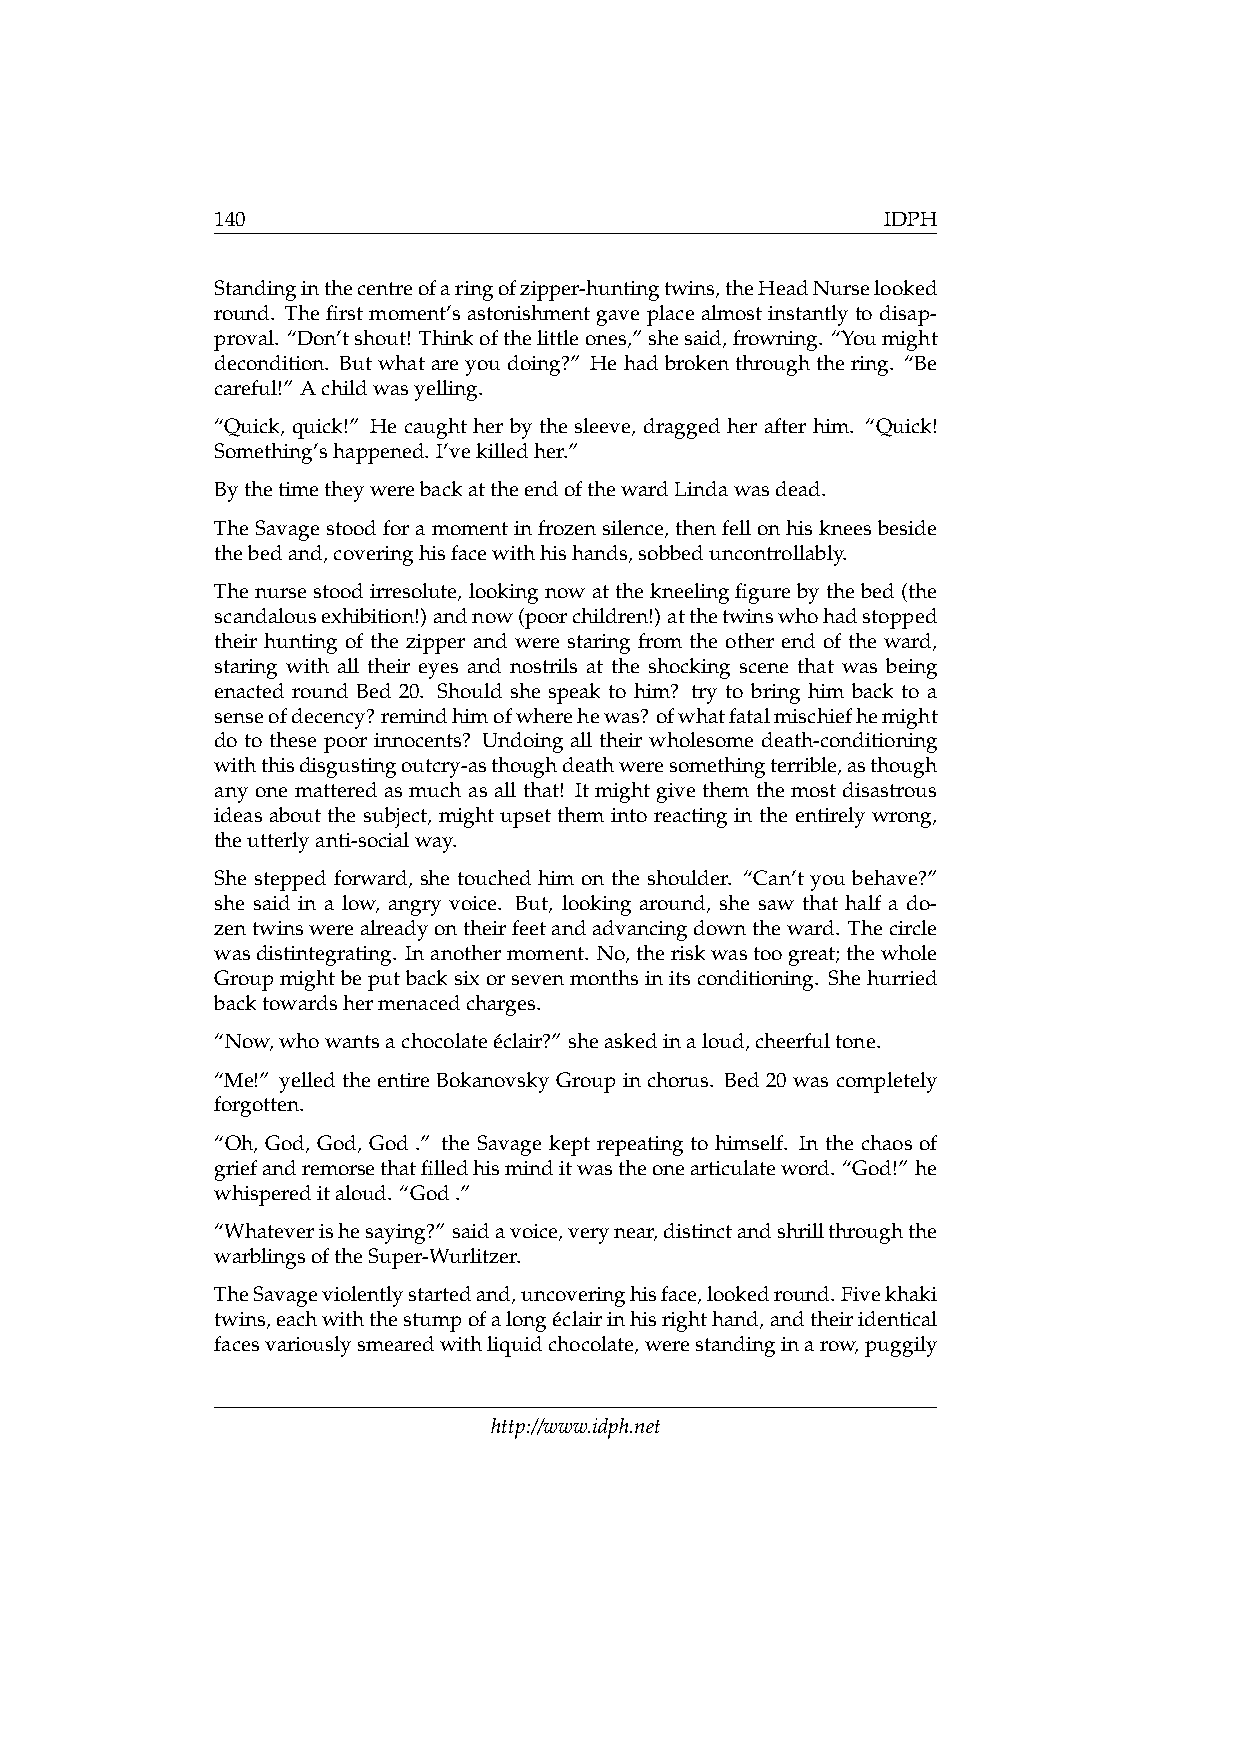
140                                          IDPH
 Standinginthecentreofaringofzipper-huntingtwins,theHeadNurselooked
 round. Thefirstmoment’sastonishmentgaveplacealmostinstantlytodisap-
 proval. “Don’tshout! Thinkofthelittleones,”shesaid,frowning. “Youmight
 decondition. But what are you doing?” He had broken through the ring. “Be
 careful!” Achildwasyelling.
 “Quick, quick!” He caught her by the sleeve, dragged her after him. “Quick!
 Something’shappened. I’vekilledher.”
 BythetimetheywerebackattheendofthewardLindawasdead.
 TheSavagestoodforamomentinfrozensilence,thenfellonhiskneesbeside
 thebedand,coveringhisfacewithhishands,sobbeduncontrollably.
 Thenursestoodirresolute, lookingnowatthekneelingfigurebythebed(the
 scandalousexhibition!)andnow(poorchildren!)atthetwinswhohadstopped
 their hunting of the zipper and were staring from the other end of the ward,
 staring with all their eyes and nostrils at the shocking scene that was being
 enacted round Bed 20. Should she speak to him? try to bring him back to a
 senseofdecency?remindhimofwherehewas?ofwhatfatalmischiefhemight
 do to these poor innocents? Undoing all their wholesome death-conditioning
 withthisdisgustingoutcry-asthoughdeathweresomethingterrible,asthough
 any one mattered as much as all that! It might give them the most disastrous
 ideas about the subject, might upset them into reacting in the entirely wrong,
 theutterlyanti-socialway.
 She stepped forward, she touched him on the shoulder. “Can’t you behave?”
 she said in a low, angry voice. But, looking around, she saw that half a do-
 zentwinswerealreadyontheirfeetandadvancingdowntheward. Thecircle
 wasdistintegrating. Inanothermoment. No,theriskwastoogreat;thewhole
 Groupmightbeputbacksixorsevenmonthsinitsconditioning. Shehurried
 backtowardshermenacedcharges.
 “Now,whowantsachocolateéclair?” sheaskedinaloud,cheerfultone.
 “Me!” yelled the entire Bokanovsky Group in chorus. Bed 20 was completely
 forgotten.
 “Oh, God, God, God .” the Savage kept repeating to himself. In the chaos of
 griefandremorsethatfilledhisminditwastheonearticulateword. “God!” he
 whispereditaloud. “God.”
 “Whateverishesaying?” saidavoice,verynear,distinctandshrillthroughthe
 warblingsoftheSuper-Wurlitzer.
 TheSavageviolentlystartedand,uncoveringhisface,lookedround.Fivekhaki
 twins,eachwiththestumpofalongéclairinhisrighthand,andtheiridentical
 facesvariouslysmearedwithliquidchocolate,werestandinginarow,puggily
 http://www.idph.net